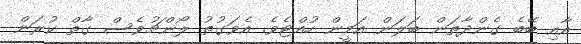
އާއި ބޭބެ ގެންދާތަން ބަލަން އަމީން ހުއްޓެވެ. އެވަގުތު ލޯންޗުވެސް ގާތް ކުރަން